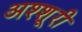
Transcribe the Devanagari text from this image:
अश्शूरी